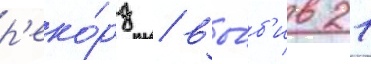
р'еко́рд / вы́б'ив 21